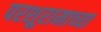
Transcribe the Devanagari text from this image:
परशूरामाच्या